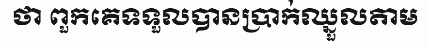
ថា ពួកគេទទួលបានប្រាក់ឈ្នួលតាម